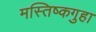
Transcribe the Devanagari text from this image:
मस्तिष्कगुहा